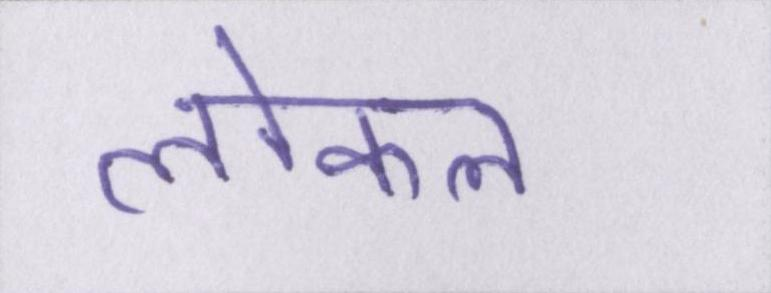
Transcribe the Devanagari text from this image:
लोकल